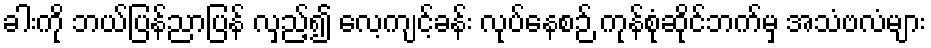
ခါးကို ဘယ်ပြန်ညာပြန် လှည့်၍ လေ့ကျင့်ခန်း လုပ်နေစဉ် ကုန်စုံဆိုင်ဘက်မှ အသံဗလံများ